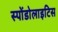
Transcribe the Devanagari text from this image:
स्पोंडोलाइटिस